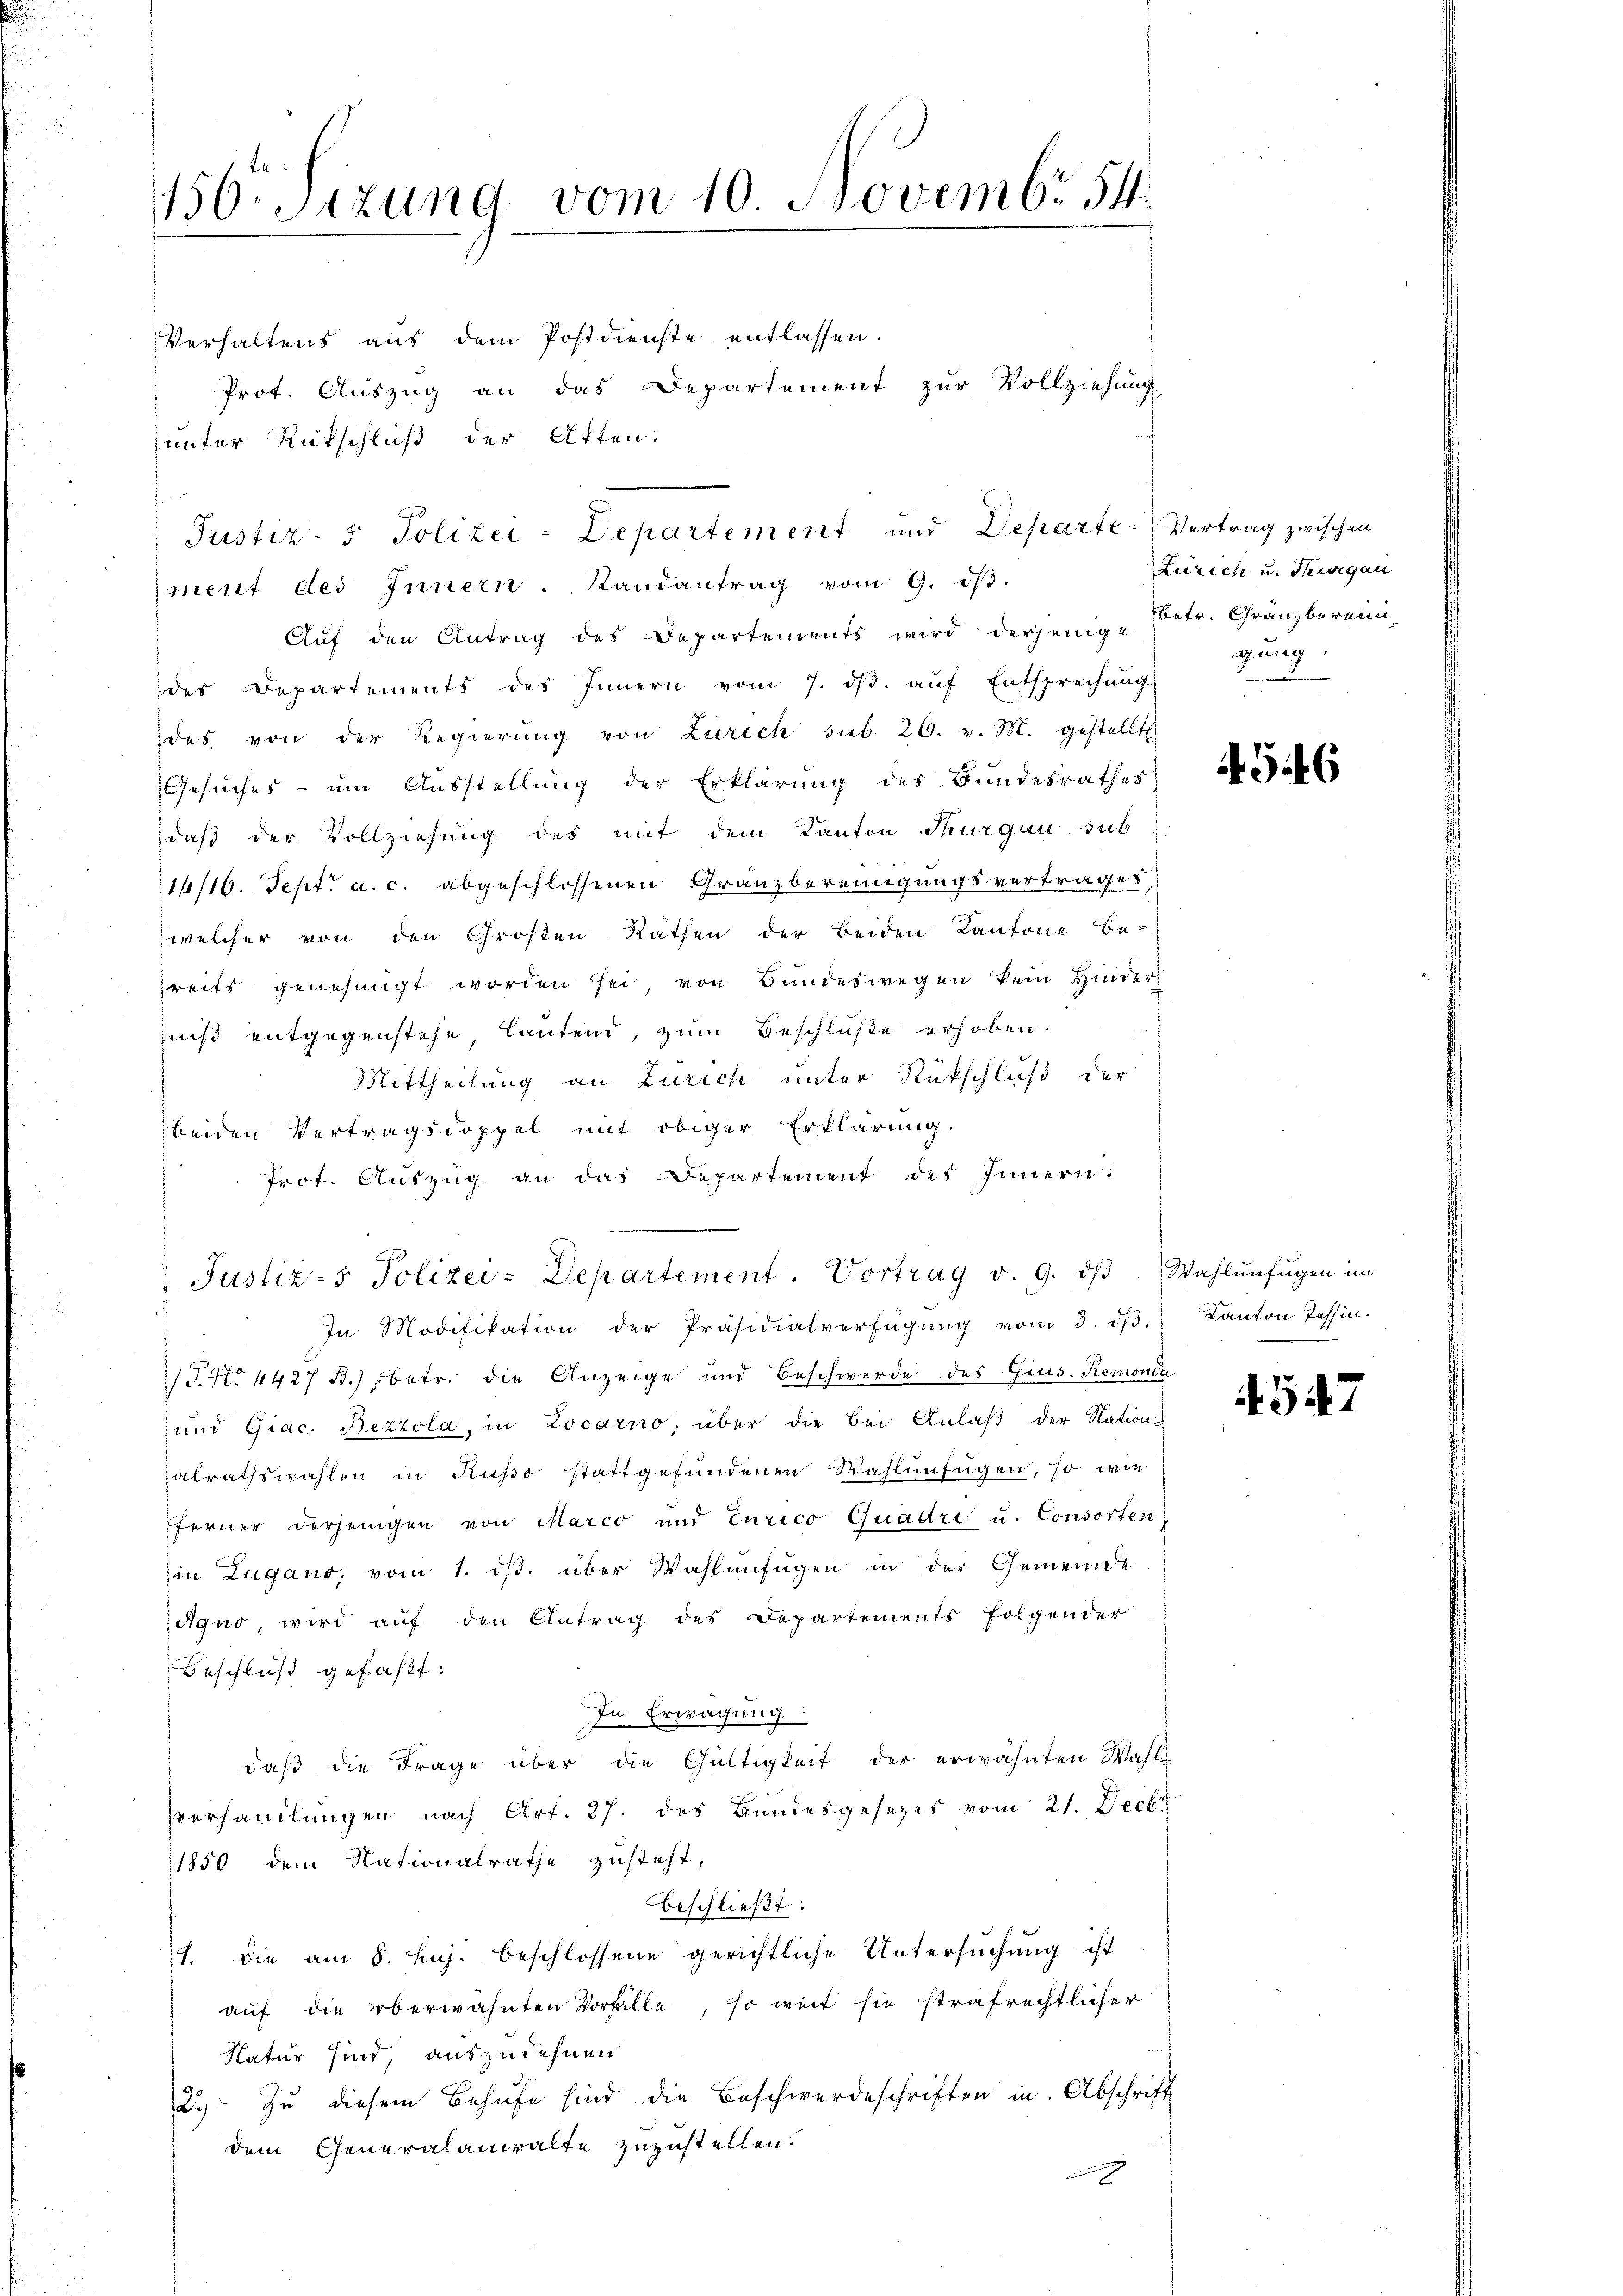
156. Sizung vom 10. Novembr 54

unter Rückschluß der Atten.
iment des Innern. Randantrag vom 9. dβ.
Auf den Antrag des Departements wird derjenige Betr. Gränzbereini-
des Departements des Innern vom 7. ds. auf Entsprechung
des von der Regierŭng von Zürich sub. 26. v. M. gestellt.
Gesuches – um Ausstellung der Erklärung des Bundesrathes
daß der Vollziehung des mit dem Kanton Thurgau sub
14/16. Sept. a. c. abgeschlossenen Granzbereinigungsvertrages,
welcher von den Großen Rathen der beiden Kantone be-
reits genehmigt worden sei, von Bundeswegen kein Hinder
niß entgegenstehe lautend, zum Beschlüße erhoben.
Mittheilung an Zürich unter Rückschluß der
beiden Vertragsdoppel mit obiger Erklärung.
Prot. Auszug an das Departement des Innern:
Justiz- & Polizei-Departement. Vortrag v. 9. dβ. Wahlŭnfŭgen im
In Modifikation der Präsidialverfügŭng vom 3. dβ.
T. N. 4427 B.) betr. die Anzeige und Beschwerde des Gius. Remonia
 und Giac. Bezzola, in Locarno, über die bei Anlaβ der Nation
alrathswahlen in Ruso stattgefundenen Wahlenfügen, so wie
fferner derjenigen von Marco und Eurico Quadri u. Consorten
in Lugano, vom 1. ds. über Wahlenfügen in der Gemeinde
Agno, wird auf den Antrag des Departements folgender
Beschluß gefaßt:
In Erwägung:
daß die Frage über die Gültigkeit der erwähnten Wahl-
verhandlungen nach Art. 27. des Bundesgesetzes vom 21. Decbr
1850 dem Nationalrathe zusteht,
beschließt:
1. die am 8. huj. beschlossene gerichtliche Untersuchung ist
auf die oberwähnten Vorfalle, so weit sie strafrechtlicher
Natur sind, auszudehnen
2.) Zu diesem Behufe sind die Beschwerdeschriften in Abschrift
dem Generalanwalte zuzustellen.

Verhaltens aus dem Postdienste entlassen.
Prot. Auszug an das Departement zur Vollziehung
Justiz- & Polizei-Departement und Departe-Vertrag zwischen

Lürich u. Thurgau
gung

96

Kanton Tessin.

4547